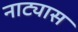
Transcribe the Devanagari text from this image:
नाट्यास